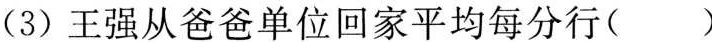
(3)王强从爸爸单位回家平均每分行()